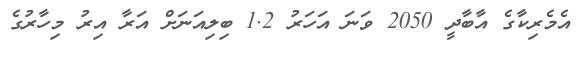
އެމެރިކާގެ އާބާދީ 2050 ވަނަ އަހަރު 1.2 ބިލިއަނަށް އަރާ އިރު މިހާރުގެ